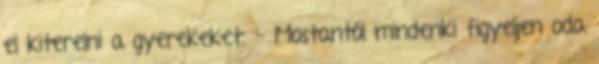
el kiterelni a gyerekeket. - Mostantól mindenki figyeljen oda